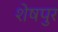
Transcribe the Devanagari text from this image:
शेषपुर